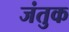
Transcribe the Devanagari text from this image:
जंतुक